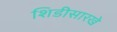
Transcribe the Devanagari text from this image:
शिडीसारखे